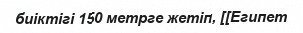
биіктігі 150 метрге жетіп, [[Египет